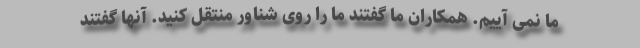
ما نمی آییم. همکاران ما گفتند ما را روی شناور منتقل کنید. آنها گفتند